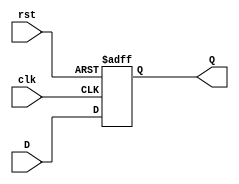
`timescale 1ns / 1ps

module d_flipflop(
    input D,
    input clk,
    input rst,
    output reg Q
    );
always @(posedge clk or posedge rst)
    begin
        if(rst == 1)
        Q <= 0;
        else
        Q <= D;
    end
endmodule